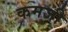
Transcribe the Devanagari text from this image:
कमजी